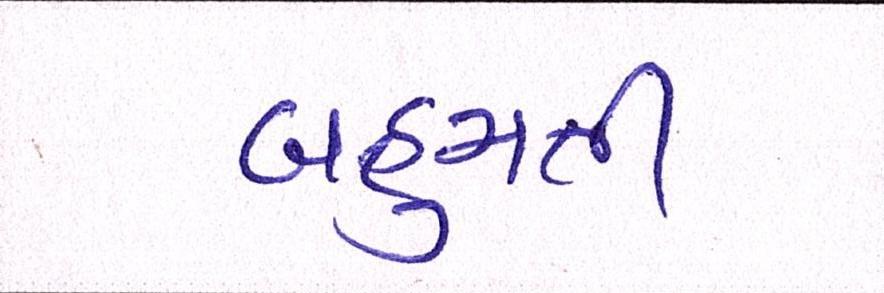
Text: બહુમતી